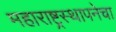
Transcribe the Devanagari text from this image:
महाराष्ट्रस्थापनेचा